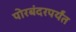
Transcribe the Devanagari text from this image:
पोरबंदरपर्यंत